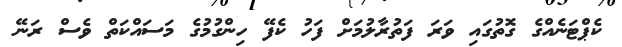
ކެޕްޓަނެއްގެ ގޮތުގައި ވަރަ ފަތުރާލުމަށް ފަހު ކެފޭ ހިންގުމުގެ މަސައްކަތް ވެސް ރަނޭ